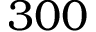
3 0 0